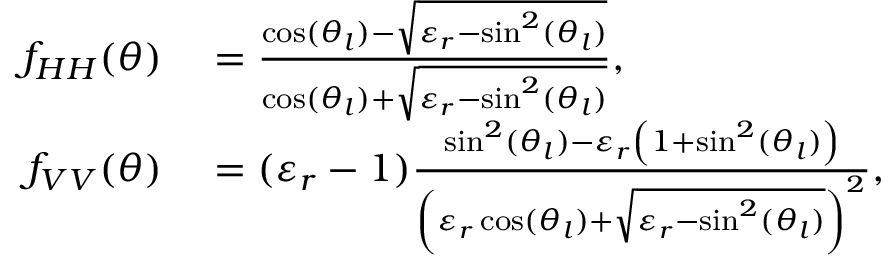
\begin{array} { r l } { f _ { H H } ( \theta ) } & { { } = \frac { \cos ( \theta _ { l } ) - \sqrt { \varepsilon _ { r } - \sin ^ { 2 } ( \theta _ { l } ) } } { \cos ( \theta _ { l } ) + \sqrt { \varepsilon _ { r } - \sin ^ { 2 } ( \theta _ { l } ) } } , } \\ { f _ { V V } ( \theta ) } & { { } = ( \varepsilon _ { r } - 1 ) \frac { \sin ^ { 2 } ( \theta _ { l } ) - \varepsilon _ { r } \left( 1 + \sin ^ { 2 } ( \theta _ { l } ) \right) } { \left( \varepsilon _ { r } \cos ( \theta _ { l } ) + \sqrt { \varepsilon _ { r } - \sin ^ { 2 } ( \theta _ { l } ) } \right) ^ { 2 } } , } \end{array}